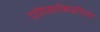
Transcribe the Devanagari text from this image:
पोर्फाइरीन